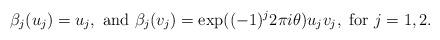
LaTeX: \begin{align*}\beta_j(u_j)=u_j, \textrm{ and }\beta_j(v_j)=\exp((-1)^j 2\pi i\theta)u_jv_j, \textrm{ for }j=1,2.\end{align*}